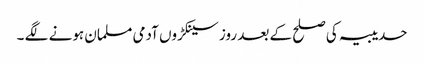
حدیبیہ کی صلح کے بعد روز سینکڑوں آدمی مسلمان ہونے لگے ۔